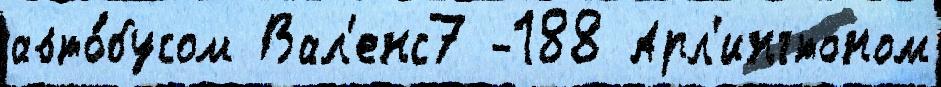
авто́бусом Вал'енс7 -188 Арл'ингтоном